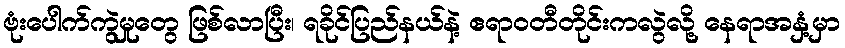
ဗုံးပေါက်ကွဲမှုတွေ ဖြစ်လာပြီး၊ ရခိုင်ပြည်နယ်နဲ့ ဧရာဝတီတိုင်းကလွဲလို့ နေရာအနှံ့မှာ